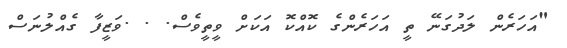
"އަހަރެން ލަދުގަނޭ ތީ އަހަރެންގެ ކޮއްކޮ އަކަށް ވީތީވެސް. . .ވަޒީފާ ގެއްލުނަސް